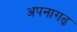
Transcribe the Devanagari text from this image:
अपनागढ़